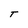
Character: T